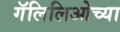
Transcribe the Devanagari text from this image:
गॅलिलिओच्या